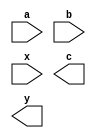
module simple_module
(
	// input ports
	input a,
	input b,
	input [3:0] x,
	// output ports
	output c,
	output [3:0] y
);
// module content
endmodule